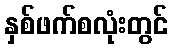
နှစ်ဖက်စလုံးတွင်